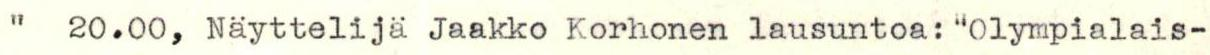
"  20.00, Näyttelijä Jaakko Korhonen lausuntoa: "Olympialais-